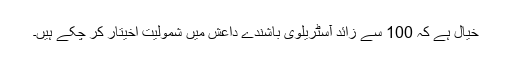
خیال ہے کہ 100 سے زائد آسٹریلوی باشندے داعش میں شمولیت اخیتار کر چکے ہیں۔